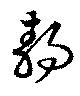
靜